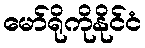
မော်ရိုကိုနိုင်ငံ